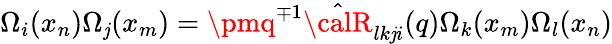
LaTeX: \Omega_{i}(x_{n})\Omega_{\mathit{j}}(x_{m})=\pmq^{\mp1}\hat{{{\calR}}}_{lk\mathit{j}i}(q)\Omega_{k}(x_{m})\Omega_{l}(x_{n})